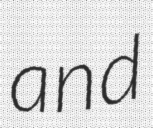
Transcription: and